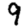
Digit: 9